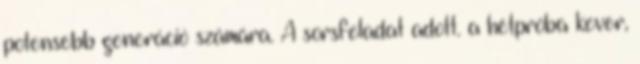
potensebb generáció számára. A sorsfeladat adott. a hétpróba kever,